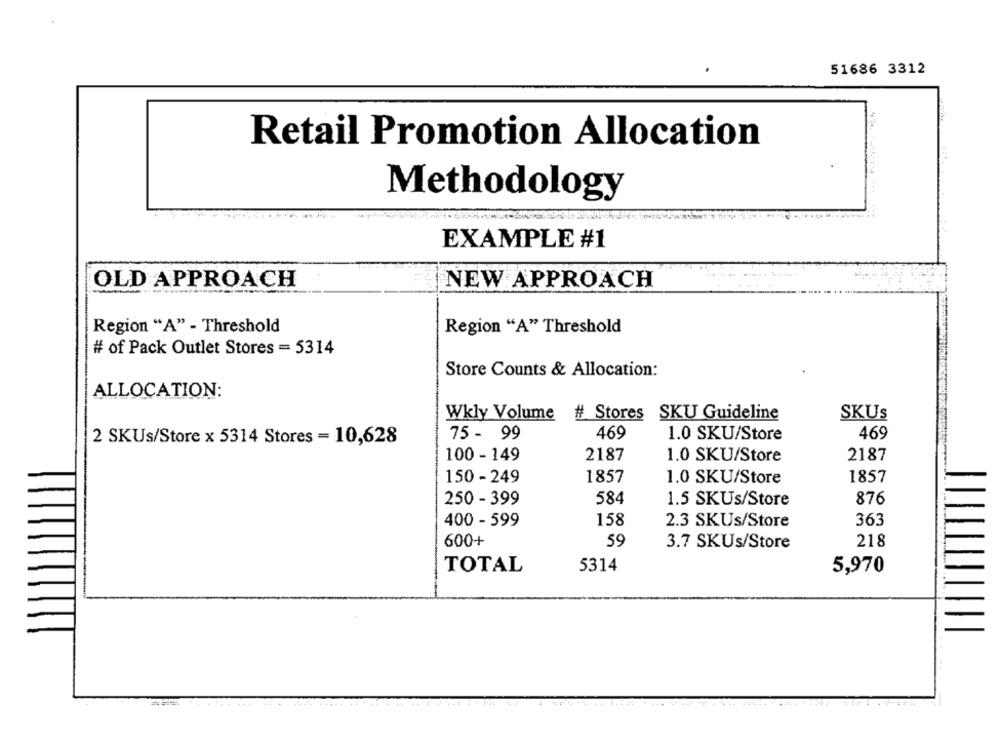
51686 3312
Retail Promotion Allocation
Methodology
EXAMPLE #1
OLD APPROACH
NEW APPROACH
Region "A" - Threshold
Region "A" Threshold
# of Pack Outlet Stores = 5314
Store Counts & Allocation:
ALLOCATION:
Wkly Volume # Stores SKU Guideline
SKUS
75 - 99
469
1.0 SKU/Store
469
2 SKUs/Store x 5314 Stores = 10,628
100 - 149
2187
1.0 SKU/Store
2187
150 - 249
1857
1.0 SKU/Store
1857
250 - 399
584
1.5 SKUs/Store
876
400 - 599
158
2.3 SKUs/Store
363
600+
59
3.7 SKUs/Store
218
TOTAL
5314
5,970